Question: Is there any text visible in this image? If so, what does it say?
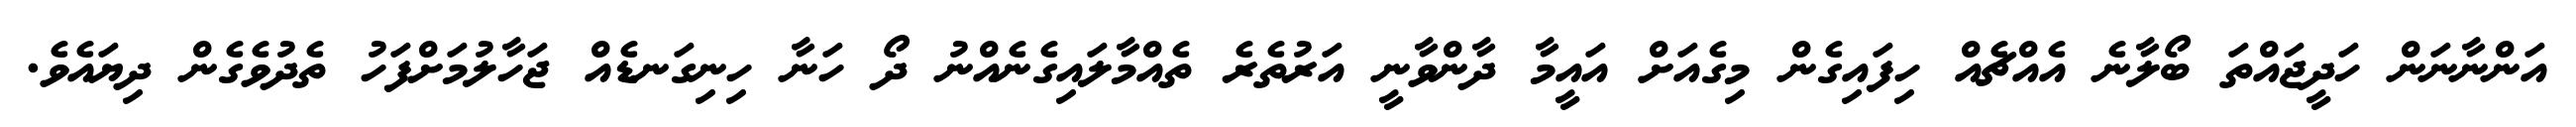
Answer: އަންނާނަން ހަދީޖައްތަ ބޯލާނެ އެއްޗެއް ހިފައިގެން މިގެއަށް އައީމާ ދާންވާނީ އަރުތެރެ ތެއްމާލައިގެނެއްނު ދޯ ހަނާ ހިނިގަނޑެއް ޖަހާލުމަށްފަހު ތެދުވެގެން ދިޔައެވެ.